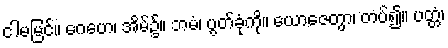
ငါမမြင်။ ဂေဟေ၊ အိမ်၌။ ဘမံ၊ ပွတ်ခုံကို။ ယောဇေတွာ၊ တပ်၍။ ပတ္တံ၊